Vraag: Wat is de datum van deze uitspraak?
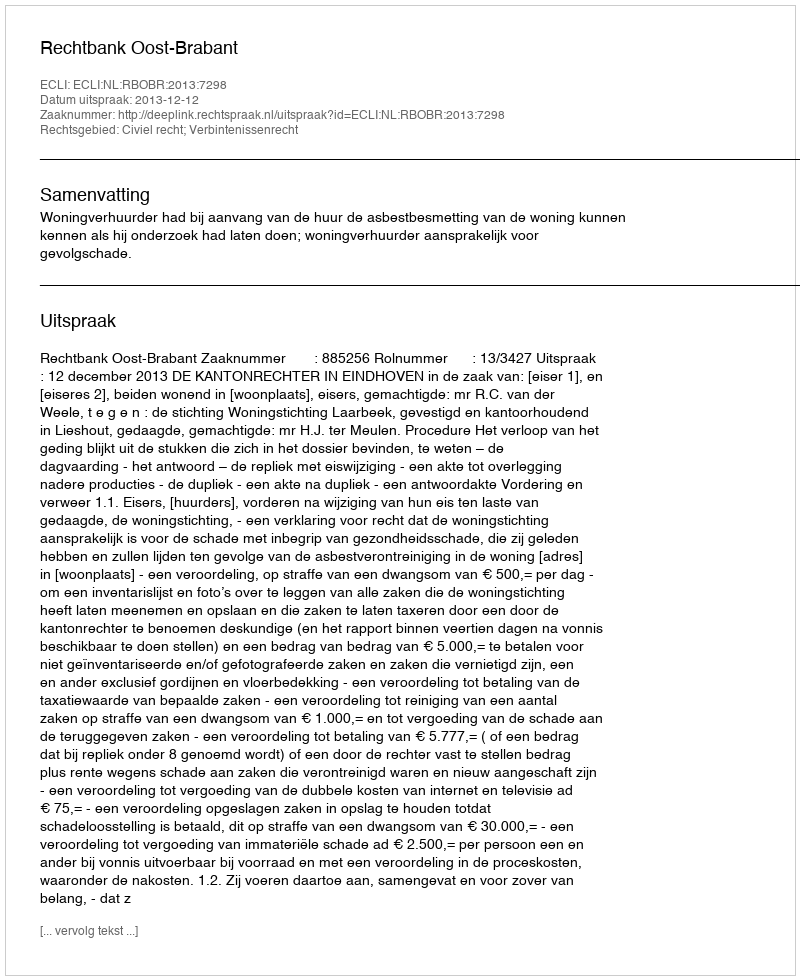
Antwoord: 2013-12-12